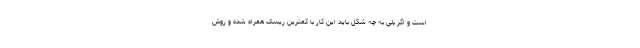
است و اگر بلی به چه شکل باید این کار با کمترین ریسک همراه شده و روش